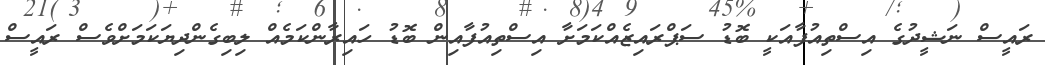
ރައީސް ނަޝީދުގެ އިސްތިއުފާއަކީ ބޮޑު ސަޕްރައިޒެއްކަމަށާ އިސްތިއުފާއިން ބޮޑު ހައިރާންކަމެެއް ލިބިގެންދިޔަކަމަށްވެސް ރައީސް